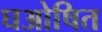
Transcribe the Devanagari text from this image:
घओषित